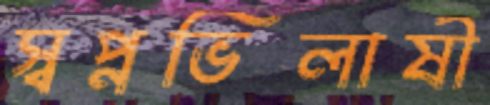
স্বপ্নভিলাষী